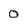
Character: 0